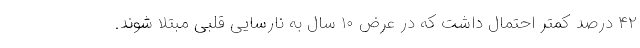
۴۲ درصد کمتر احتمال داشت که در عرض ۱۰ سال به نارسایی قلبی مبتلا شوند.